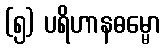
(၅) ပရိဟာနဓမ္မော